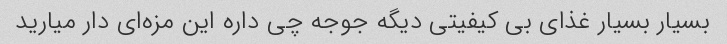
بسیار بسیار غذای بی کیفیتی دیگه جوجه چی داره این مزه‌ای دار میارید